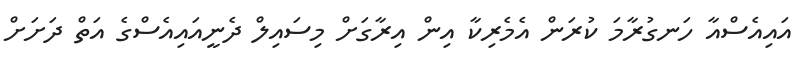
އައިއެސްއާ ހަނގުރާމަ ކުރަން އެމެރިކާ އިން އިރާގަށް މިސައިލް ދެނީއައިއެސްގެ އަތް ދަށަށް